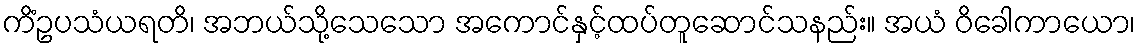
ကိံဥပသံယရတိ၊ အဘယ်သို့သေသော အကောင်နှင့်ထပ်တူဆောင်သနည်း။ အယံ ဝိခေါကာယော၊